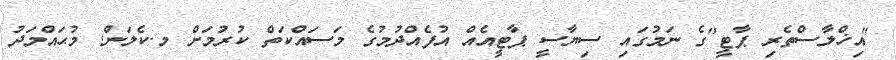
"އިޚްލާސްތެރި ޕާޓީ"ގެ ނަމުގައި ސިޔާސީ ޕާޓީއެއް އުފެއްދުމުގެ މަސައްކަތް ކުރުމަށް މ.ކެލަން